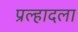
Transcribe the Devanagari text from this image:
प्रल्हादला